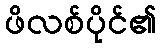
ဖိလစ်ပိုင်၏